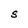
Character: S